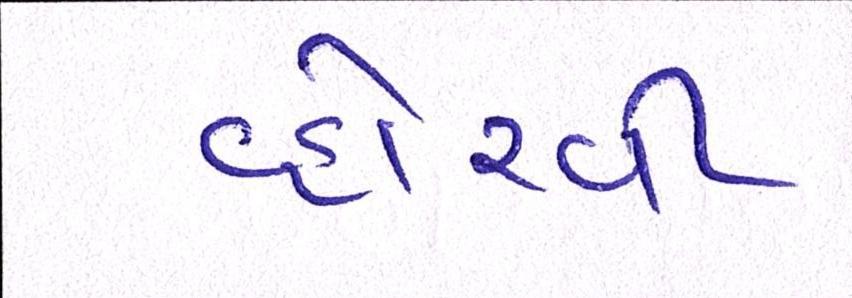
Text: વ્હોરવી